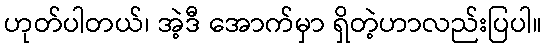
ဟုတ်ပါတယ်၊ အဲ့ဒီ အောက်မှာ ရှိတဲ့ဟာလည်းပြပါ။